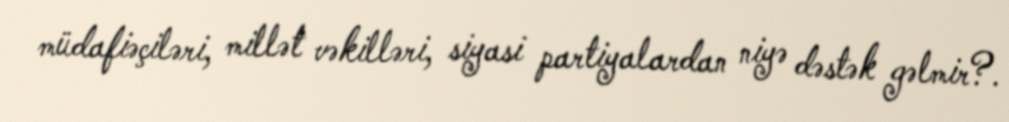
müdafiəçiləri, millət vəkilləri, siyasi partiyalardan niyə dəstək gəlmir?.